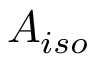
A _ { i s o }